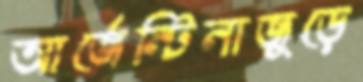
আর্জেন্টিনাজুড়ে